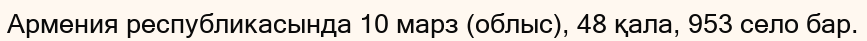
Армения республикасында 10 марз (облыс), 48 қала, 953 село бар.